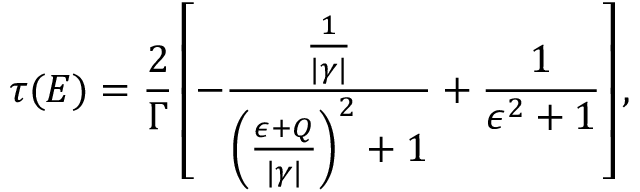
\tau ( E ) = \frac { 2 } { \Gamma } \left[ - \frac { \frac { 1 } { | \gamma | } } { { \left( \frac { \epsilon + Q } { | \gamma | } \right) } ^ { 2 } + 1 } + \frac { 1 } { \epsilon ^ { 2 } + 1 } \right] ,